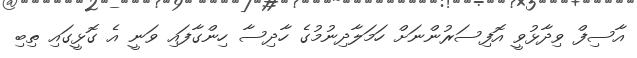
އާސިފް ވިދާޅުވީ އޮފިސަރުންނަށް ހަމަލާދިނުމުގެ ހާދިސާ ހިންގާފައި ވަނީ އެ ގޮޅީގައި ތިބި